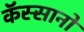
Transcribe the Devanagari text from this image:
कॅस्सानो